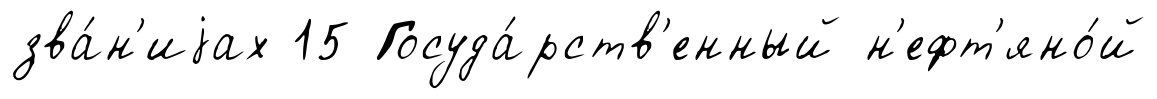
зва́н'иjах 15 Госуда́рств'енный н'ефт'яно́й